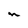
Character: n